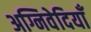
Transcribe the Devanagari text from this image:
अग्निवेदियाँ